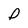
Character: D